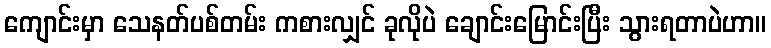
ကျောင်းမှာ သေနတ်ပစ်တမ်း ကစားလျှင် ခုလိုပဲ ချောင်းမြောင်းပြီး သွားရတာပဲဟာ။